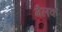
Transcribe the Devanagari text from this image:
मैलक